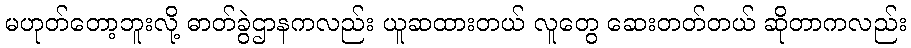
မဟုတ်တော့ဘူးလို့ ဓာတ်ခွဲဌာနကလည်း ယူဆထားတယ် လူတွေ ဆေးတတ်တယ် ဆိုတာကလည်း